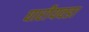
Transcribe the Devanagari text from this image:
घारीयवडा